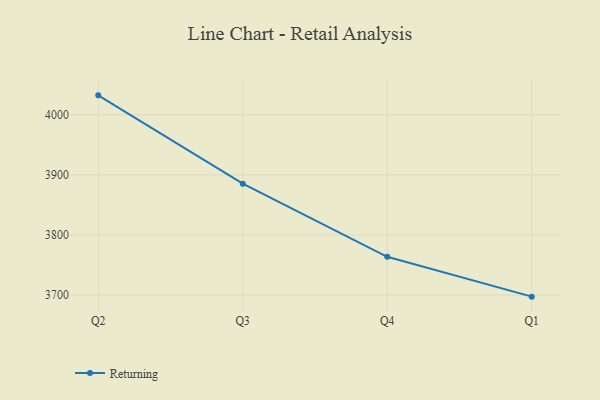
{"axis": {"x": "Quarter", "y": "Temperature (°C)"}, "legend": ["Returning"], "data": [{"x": "Q2", "y": 4032.3, "type": "Returning"}, {"x": "Q3", "y": 3885.4, "type": "Returning"}, {"x": "Q4", "y": 3763.7, "type": "Returning"}, {"x": "Q1", "y": 3697.4, "type": "Returning"}]}